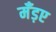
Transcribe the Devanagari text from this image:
मँड़ए